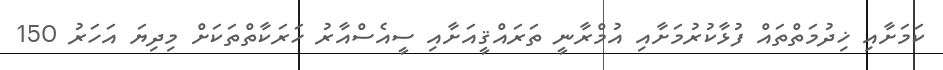
ކަމަށާއި ޚިދުމަތްތައް ފުޅާކުރުމަށާއި އުމްރާނީ ތަރައްޤީއަށާއި ސީއެސްއާރު ހަރަކާތްތަކަށް މިދިޔަ އަހަރު 150